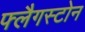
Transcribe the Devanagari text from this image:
फ्लैगस्टोन